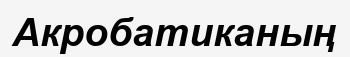
Акробатиканың